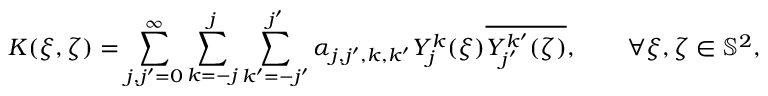
K ( \xi , \zeta ) = \sum _ { j , j ^ { \prime } = 0 } ^ { \infty } \sum _ { k = - j } ^ { j } \sum _ { k ^ { \prime } = - j ^ { \prime } } ^ { j ^ { \prime } } \alpha _ { j , j ^ { \prime } , k , k ^ { \prime } } Y _ { j } ^ { k } ( \xi ) \overline { { Y _ { j ^ { \prime } } ^ { k ^ { \prime } } ( \zeta ) } } , \qquad \forall \xi , \zeta \in { \mathbb { S } ^ { 2 } } ,